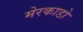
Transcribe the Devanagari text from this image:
मेरकाडो